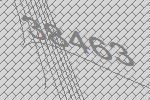
38463